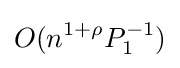
O(n^{1+\rho }P_{1}^{-1})